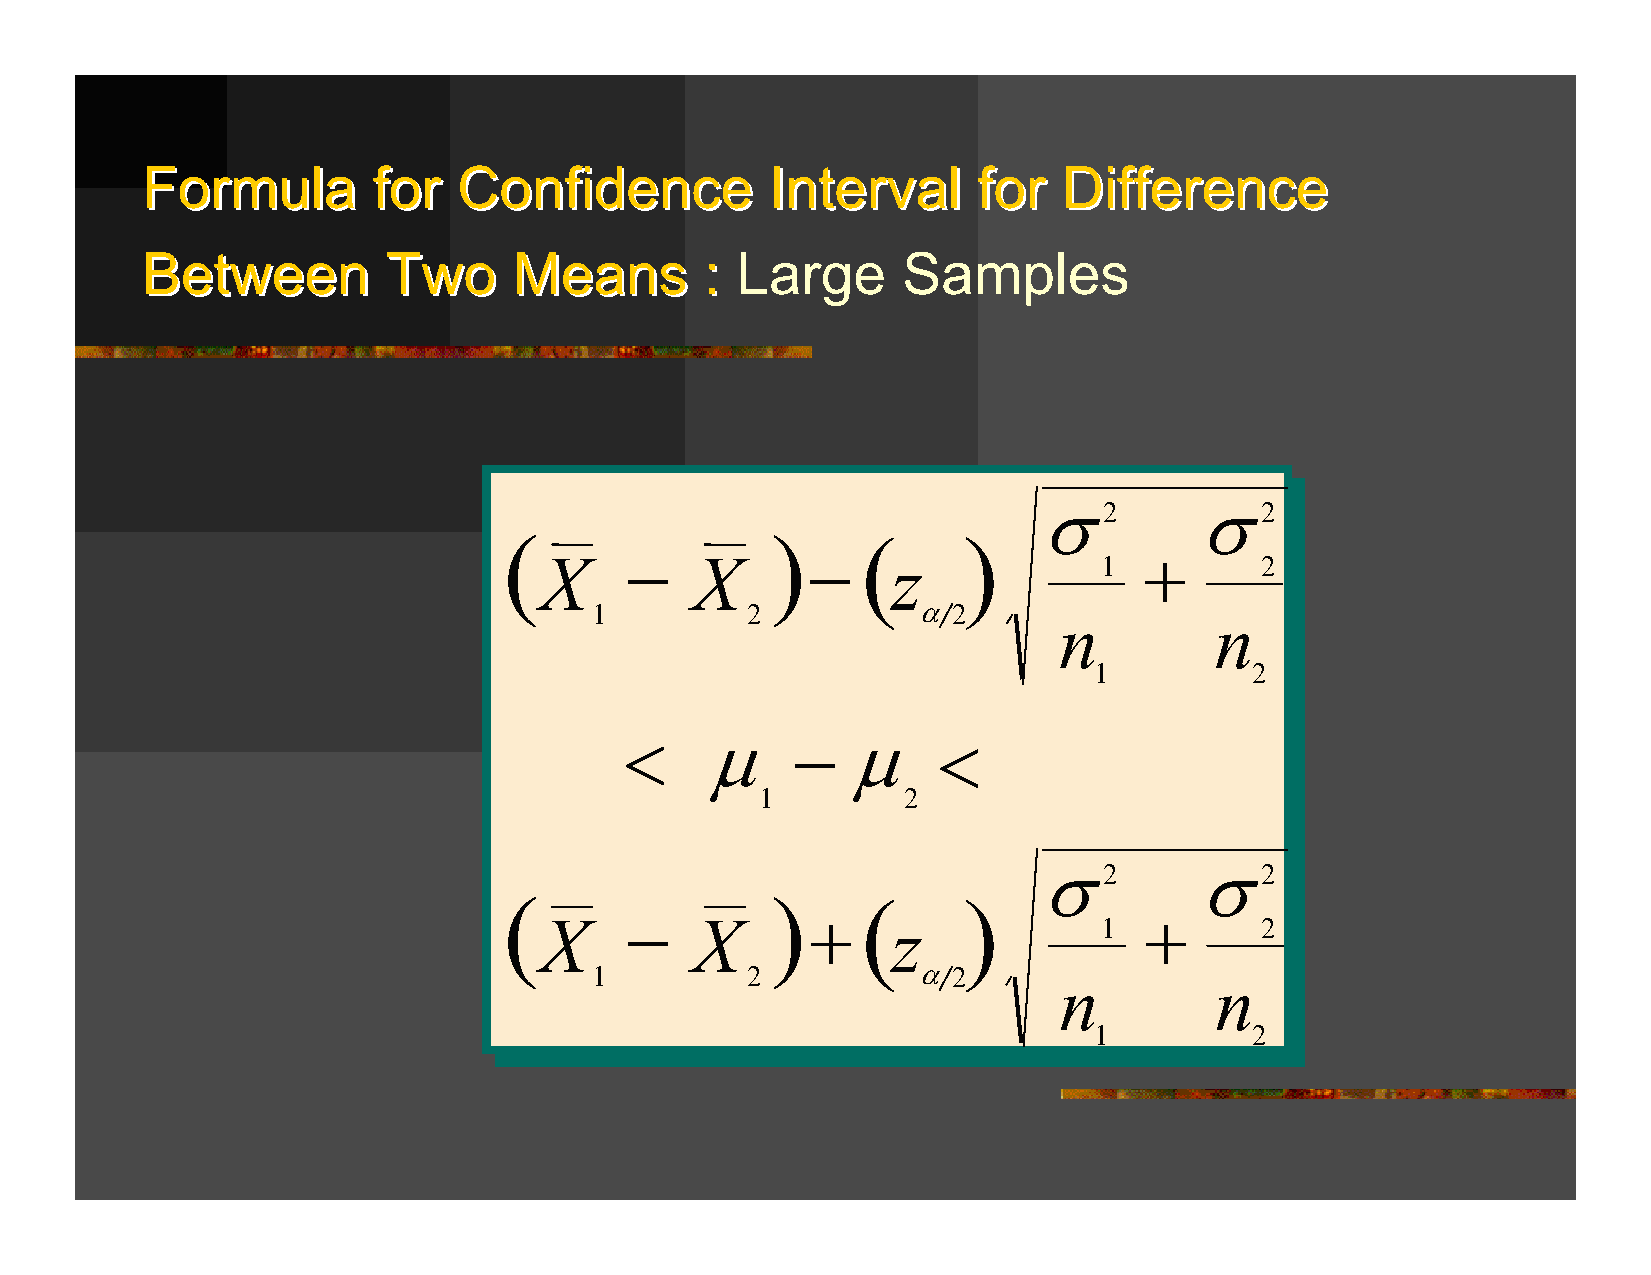
FFoorrmmuullaa  ffoorr CCoonnffiiddeennccee IInntteerrvvaall ffoorr DDiiffffeerreennccee
 BBeettwweeeenn   TTwwoo  MMeeaannss   :: Large     Samples
 σ2        σ2
 (                 )     (      )
 −            −                     +
 X         X            z             1         2
 1         2           α 2
 n         n
 1          2
 <     µ     −  µ     <
 1         2
 σ2        σ2
 (                 )     (      )
 −            +                     +
 X         X            z             1         2
 1         2           α 2      n         n
 1          2